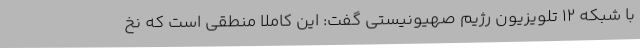
با شبکه 12 تلویزیون رژیم صهیونیستی گفت: این کاملا منطقی است که نخ